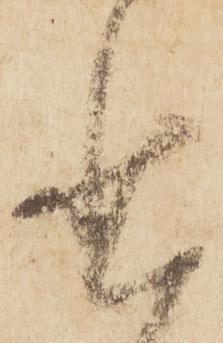
省